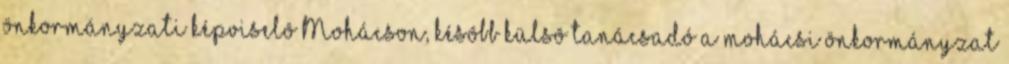
önkormányzati képviselô Mohácson, késôbb külsô tanácsadó a mohácsi önkormányzat